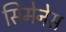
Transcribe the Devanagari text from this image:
सिमेनेस